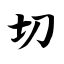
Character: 切